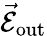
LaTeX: \vec{\mathcal{E}}_{\mathrm{{out}}}